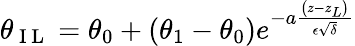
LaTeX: \theta_{\mathrm{~I~L~}}=\theta_{0}+\left(\theta_{1}-\theta_{0}\right)e^{-a\frac{\left(z-z_{L}\right)}{\epsilon\sqrt{\delta}}}